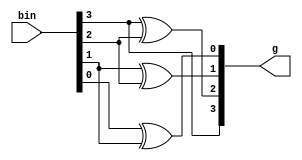
// Code your design here
module b2gray(input [3:0] bin, output [3:0] g);
  assign g[3] = bin[3];
  xor x1(g[2], bin[3], bin[2]);
  xor x2(g[1], bin[1], bin[2]);
  xor x3(g[0], bin[0], bin[1]);
endmodule